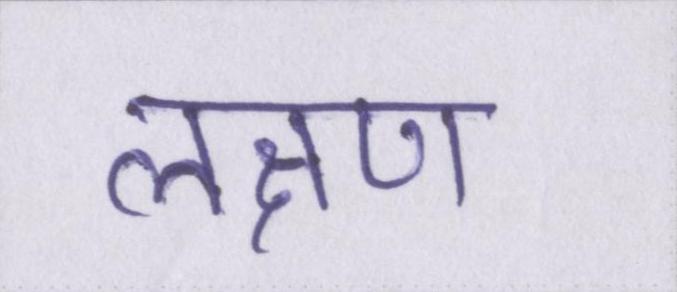
लक्षण